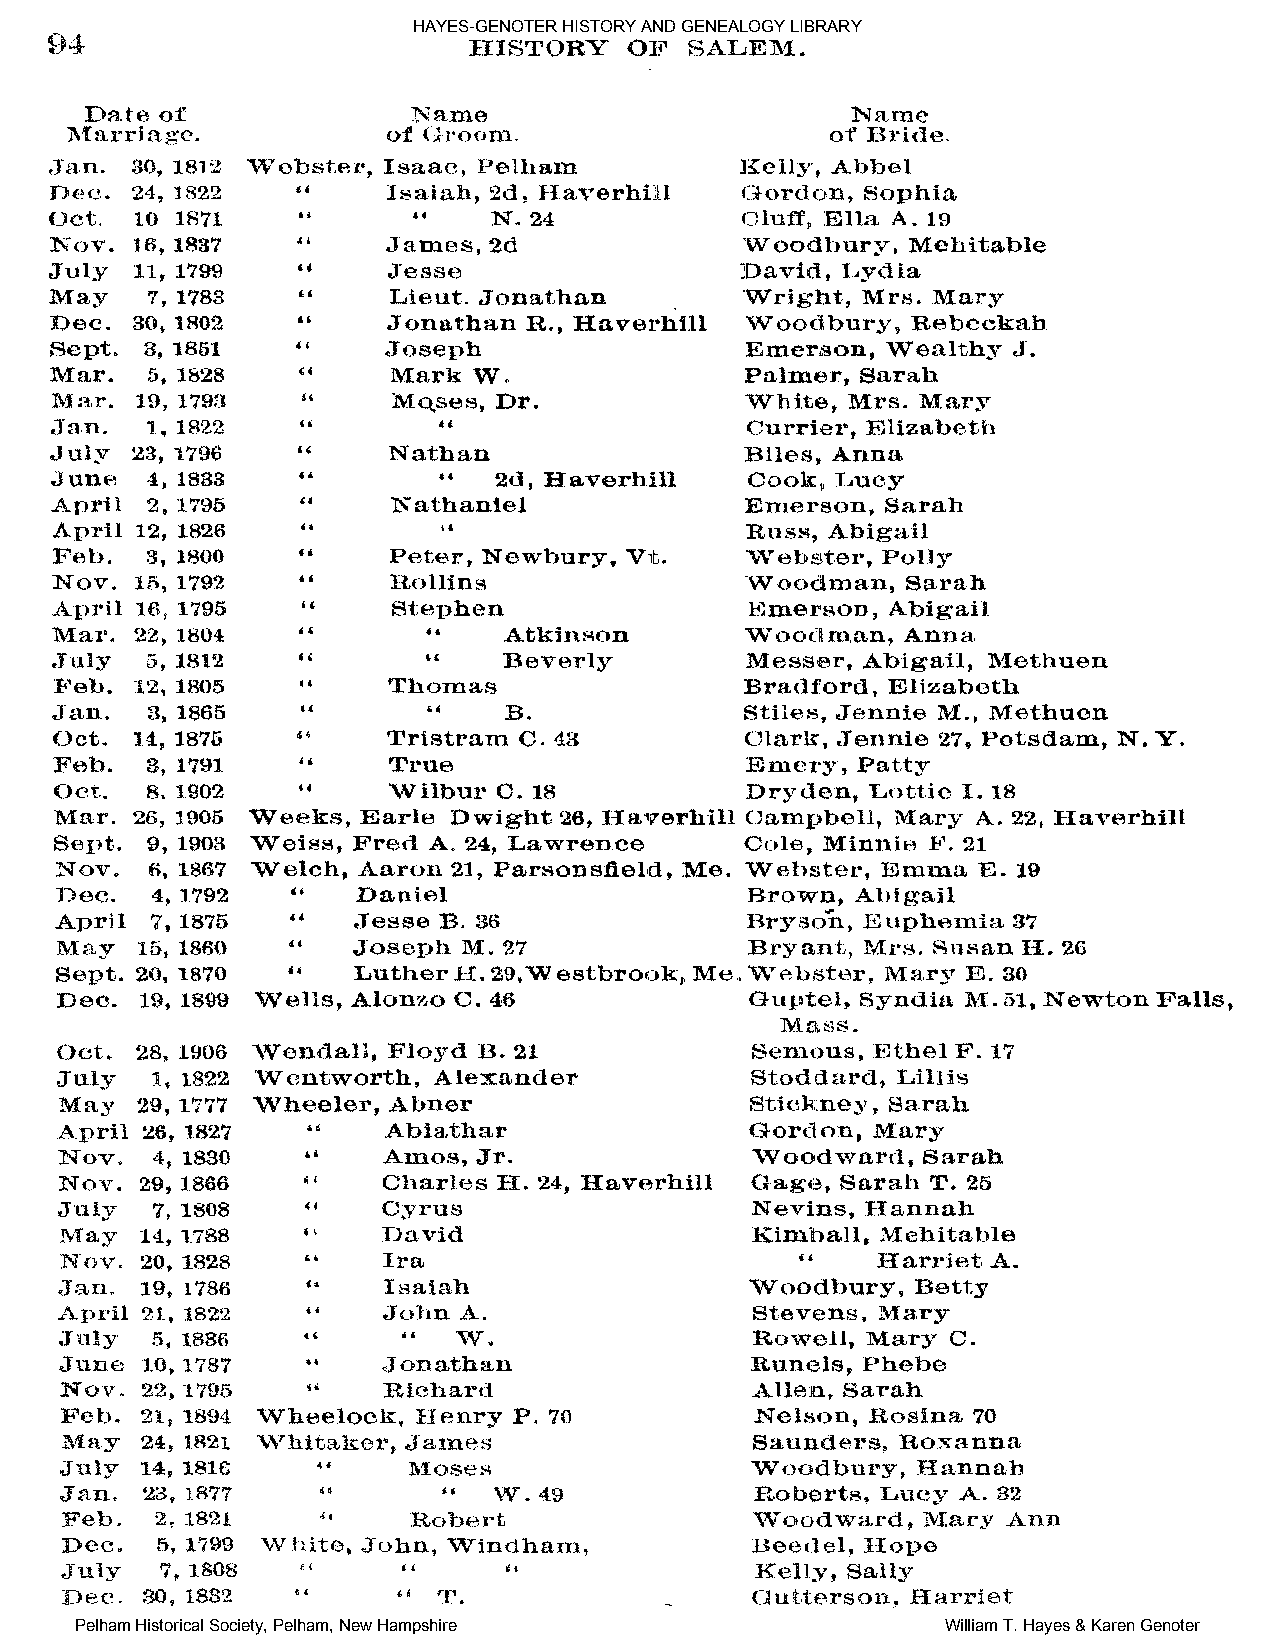
HAYES-GENOTER HISTORY AND GENEALOGY LIBRARY
 Pelham Historical Society, Pelham, New Hampshire          William T. Hayes & Karen Genoter